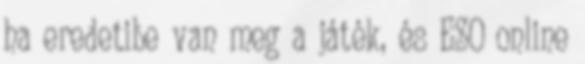
ha eredetibe van meg a játék, és ESO online